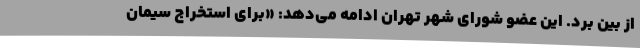
از بین برد. این عضو شورای شهر تهران ادامه می‌دهد: «برای استخراج سیمان